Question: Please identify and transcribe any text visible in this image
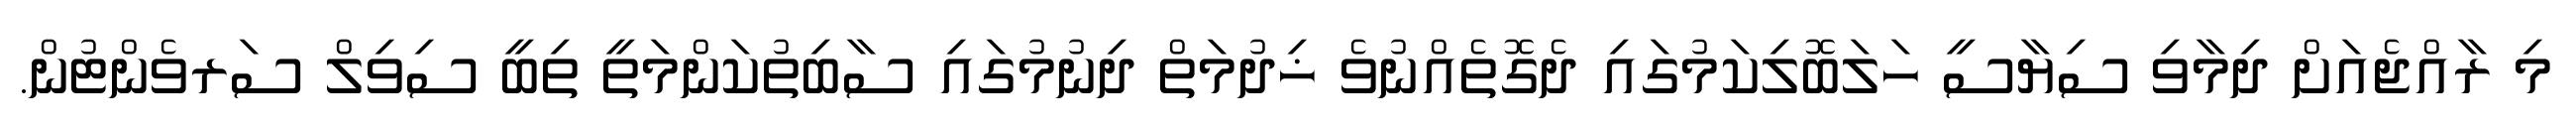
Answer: މި ރާއްޖެއަށް ދިމާވި ސިޔާސީ ހަލަބޮލިކަމުގައި ދެގޮތެއްނުވެ ޚިދުމަތް ދިނުމުގައި ސާބިތުކަންމަތީ ތިބީ ސިވިލް ސަރވެންޓުން.